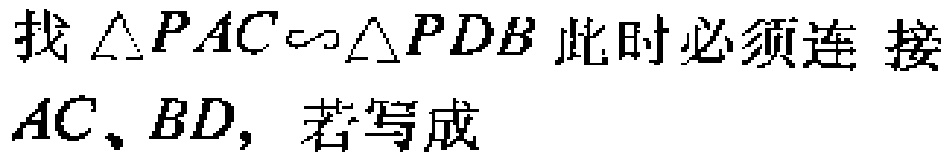
找$\triangle PAC\sim\triangle PDB$此时必须连 接$AC、BD,$ 若写成